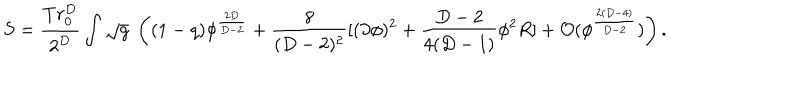
S = { \frac { T r _ { 0 } ^ { D } } { 2 ^ { D } } } \int \sqrt { g } \; \left( ( 1 - q ) \phi ^ { { \frac { 2 D } { D - 2 } } } + { \frac { 8 } { ( D - 2 ) ^ { 2 } } } [ ( \partial \phi ) ^ { 2 } + { \frac { D - 2 } { 4 ( D - 1 ) } } \phi ^ { 2 } R ] + { \cal O } ( \phi ^ { { \frac { 2 ( D - 4 ) } { D - 2 } } } ) \right) .